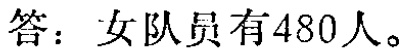
答：女队员有480人。